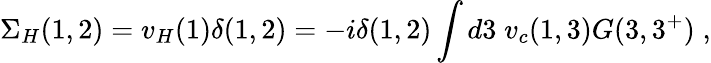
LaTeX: \Sigma_{H}(1,2)=v_{H}(1)\delta(1,2)=-i\delta(1,2)\int d3\; v_{c}(1,3)G(3,3^{+})\; ,